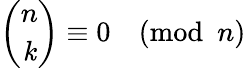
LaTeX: {\binom{n}{\mathit{k}}}\equiv0{\pmod{n}}